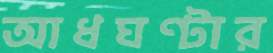
আধঘণ্টার